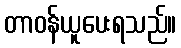
တာဝန်ယူပေးရသည်။